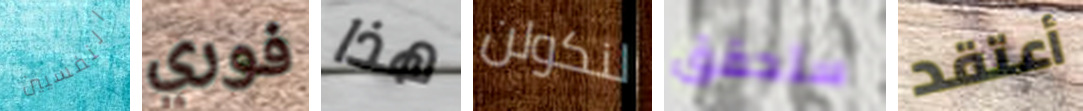
النفسيين فوري هذا لنكولن ستحقق أعتقد